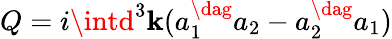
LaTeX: Q=i\intd^{3}\mathbf{k}(a_{1}^{\dag}a_{2}-a_{2}^{\dag}a_{1})